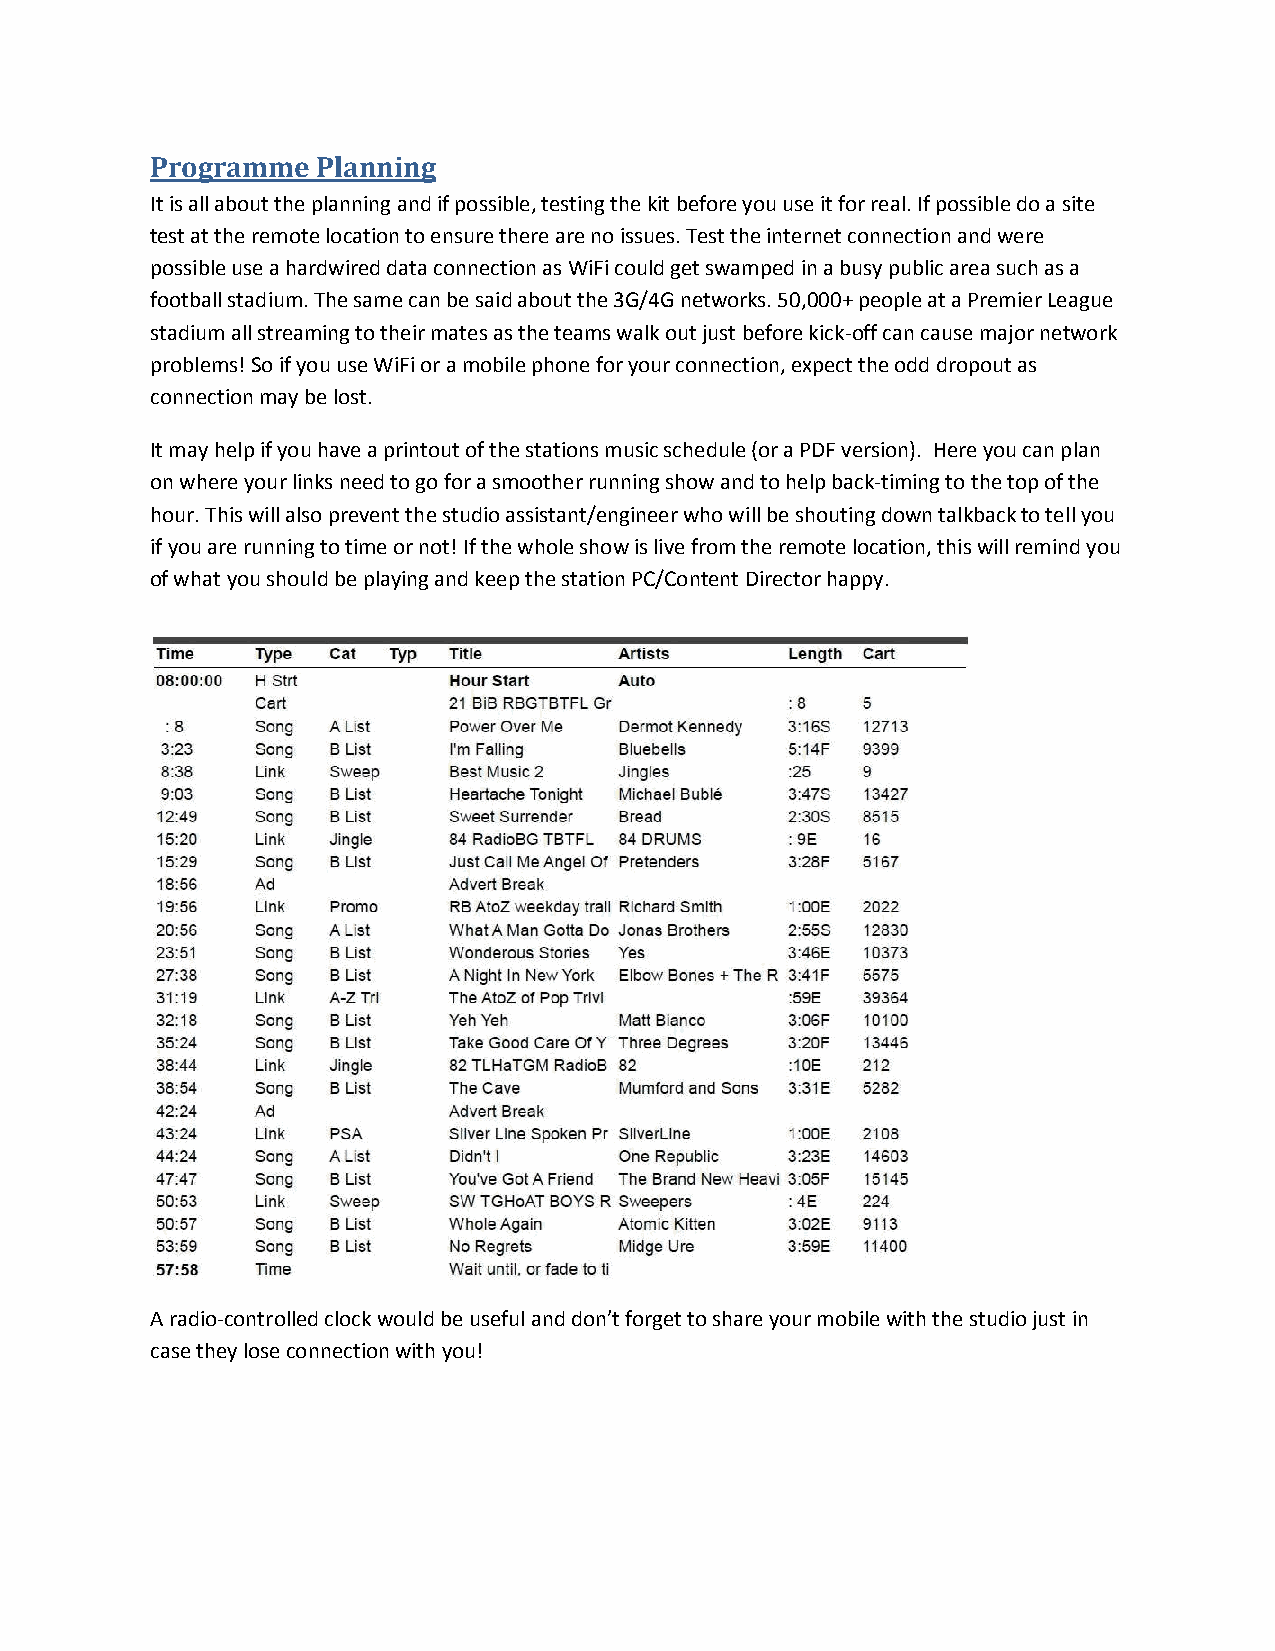
Programme  Planning
 It is all about the planning and if possible, testing the kit before you use it for real. If possible do a site
 test at the remote location to ensure there are no issues. Test the internet connection and were
 possible use a hardwired data connection as WiFi could get swamped in a busy public area such as a
 football stadium. The same can be said about the 3G/4G networks. 50,000+ people at a Premier League
 stadium all streaming to their mates as the teams walk out just before kick-off can cause major network
 problems! So if you use WiFi or a mobile phone for your connection, expect the odd dropout as
 connection may be lost.
 It may help if you have a printout of the stations music schedule (or a PDF version). Here you can plan
 on where your links need to go for a smoother running show and to help back-timing to the top of the
 hour. This will also prevent the studio assistant/engineer who will be shouting down talkback to tell you
 if you are running to time or not! If the whole show is live from the remote location, this will remind you
 of what you should be playing and keep the station PC/Content Director happy.
 A radio-controlled clock would be useful and don’t forget to share your mobile with the studio just in
 case they lose connection with you!